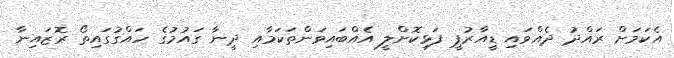
އެކަމަށް ރައްދު ދެއްވައި ޑީއާރުޕީ ފަޅިކޮށްލީ އެއްބައިވަންތަކަމާއި ދީނާ ގައުމުގެ ހައްގުގައިތޯ ރޮޒައިނާ